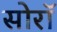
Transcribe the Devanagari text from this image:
सोरॉ